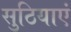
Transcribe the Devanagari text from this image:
सुठियाएं